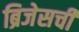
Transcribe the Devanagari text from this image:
ब्रिजेसची